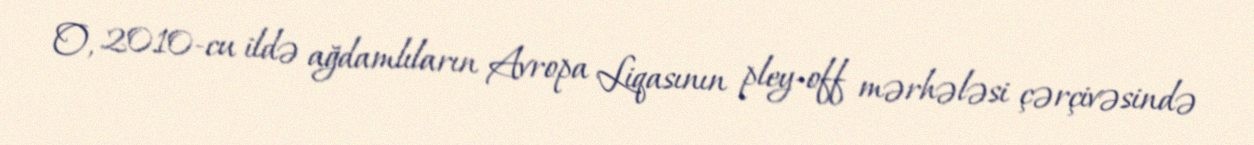
O, 2010-cu ildə ağdamlıların Avropa Liqasının pley-off mərhələsi çərçivəsində